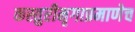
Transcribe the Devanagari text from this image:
कस्तुरीमृगाप्रमाणेच